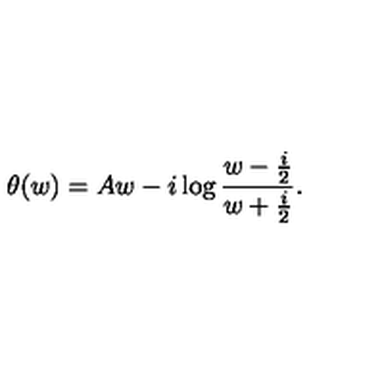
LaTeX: \theta ( w ) = A w - i \log { \frac { w - { \frac { i } { 2 } } } { w + { \frac { i } { 2 } } } } .